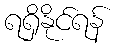
ရရှိနိုင်ရန်